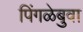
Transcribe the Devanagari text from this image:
पिंगळेबुवा